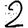
Digit: 2